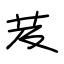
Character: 芨